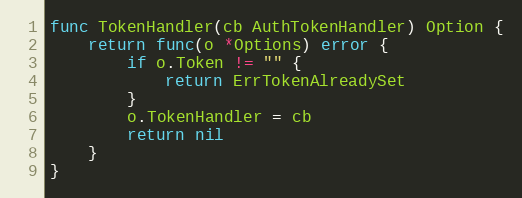
Language: Go
func TokenHandler(cb AuthTokenHandler) Option {
	return func(o *Options) error {
		if o.Token != "" {
			return ErrTokenAlreadySet
		}
		o.TokenHandler = cb
		return nil
	}
}